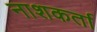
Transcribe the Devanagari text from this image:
नाशकर्ता